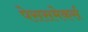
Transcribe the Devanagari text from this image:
पेससमेकर्स